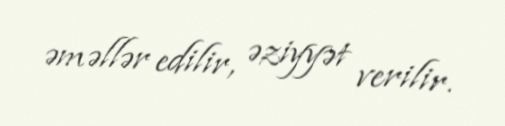
əməllər edilir, əziyyət verilir.